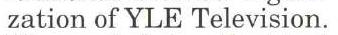
zation of YLE Television.